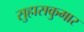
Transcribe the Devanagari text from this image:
सुहासकुमार